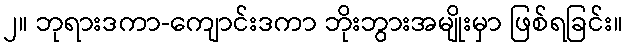
၂။ ဘုရားဒကာ-ကျောင်းဒကာ ဘိုးဘွားအမျိုးမှာ ဖြစ်ရခြင်း။